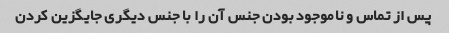
پس از تماس و ناموجود بودن جنس آن را با جنس دیگری جایگزین کردن